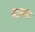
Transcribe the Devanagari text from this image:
पेदाल्लेद